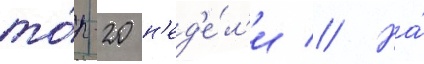
то́п-20 н'ед'е́л'и // На́